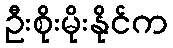
ဦးစိုးမိုးနိုင်က